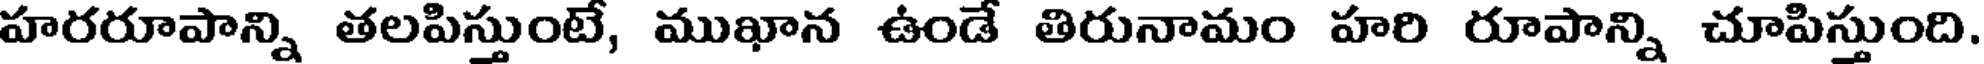
హరరూపాన్ని తలపిస్తుంటే, ముఖాన ఉండే తిరునామం హరి రూపాన్ని చూపిస్తుంది